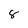
Character: 8